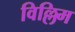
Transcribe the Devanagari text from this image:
विल्लिम